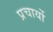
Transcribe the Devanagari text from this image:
प्रचार्यो